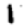
Digit: 1